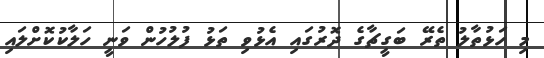
މި ހަޅުތާލު ތެރޭ ބަގީޗާގެ ދޮރުގައި އެޅުވި ތަޅު ފުލުހުން ވަނީ ހަލާކުކޮށްލައި